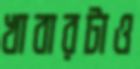
খাবারটাও